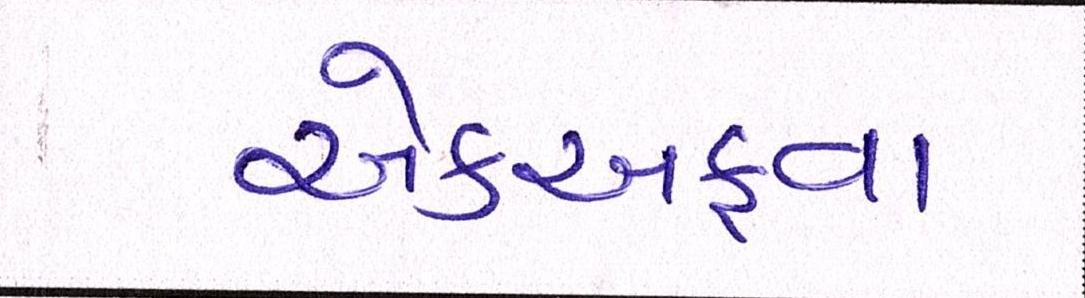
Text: એકઅફવા